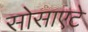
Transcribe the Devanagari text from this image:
सोसाएटे